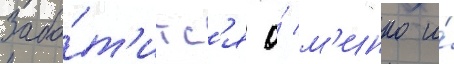
Забо́т'итс'я о́ м'инко и́